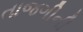
તાજગીની